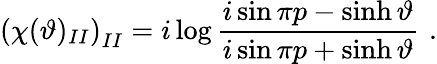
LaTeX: \left(\chi(\vartheta)_{II}\right)_{II}=i\log\frac{i\sin\pi p-\sinh\vartheta}{i\sin\pi p+\sinh\vartheta}\, \, .